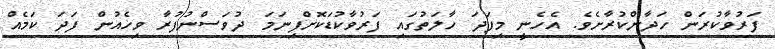
ފަރުވާކުރަން ހަދާންކުރާށެވެ. އެހެނީ މިފަދަ ހާލަތުގައި ފަރުވާކުޑަކޮށްފިނަމަ ދުވަސްނުފުރާ ވިހެއުން ފަދަ ކަމެއް